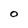
Character: O